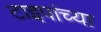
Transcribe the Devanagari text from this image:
टाइपांच्या